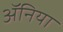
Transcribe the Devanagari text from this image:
ॲनिया